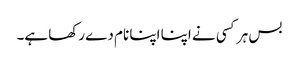
بس ہر کسی نے اپنا اپنا نام دے رکھا ہے۔